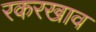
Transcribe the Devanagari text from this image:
रकरखाव